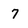
Character: 7